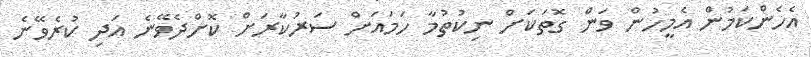
އެހެންކަމުން އެމީހުން ވަން ގޮތަކަށް ނިކުތުމާ ހަމައަށް ސަރުކާރަށް ކޮށްދެވޭނެ އަދި ކުރެވޭނެ